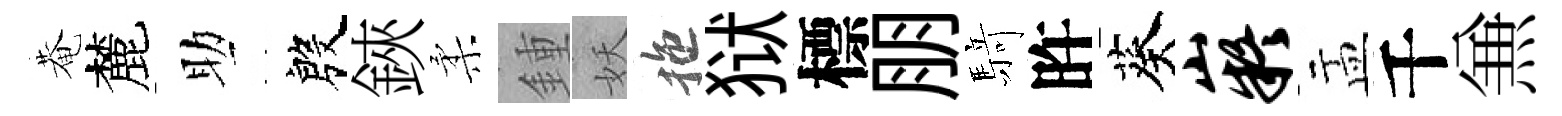
菴麓助殷鋏柔鍾妖拖狱標朋𮪍旿葵嶷盂千𠔥